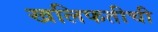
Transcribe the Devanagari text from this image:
खलिफतीची